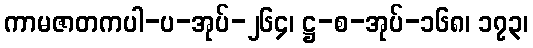
ကာမဇာတကပါ-ပ-အုပ်-၂၆၄၊ ဋ္ဌ-စ-အုပ်-၁၆၈၊ ၁၇၃၊